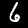
Label: 6